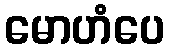
မောဟံပေ